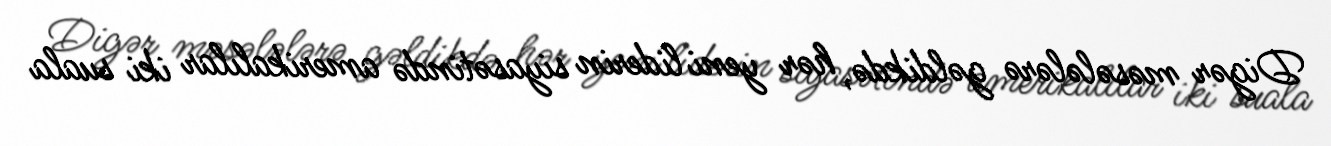
Digər məsələlərə gəldikdə, hər yeni liderin siyasətində amerikalılar iki suala